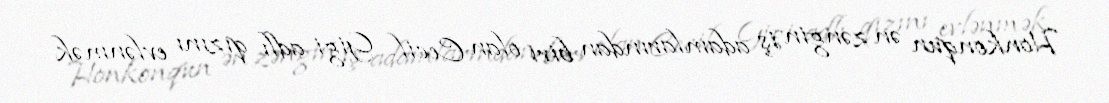
Honkonqun ən zəngin iş adamlarından biri olan Cecil Gigi adlı qızını evlənmək